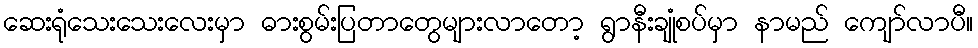
ဆေးရုံသေးသေးလေးမှာ ဓားစွမ်းပြတာတွေများလာတော့ ရွာနီးချုံစပ်မှာ နာမည် ကျော်လာပီ။